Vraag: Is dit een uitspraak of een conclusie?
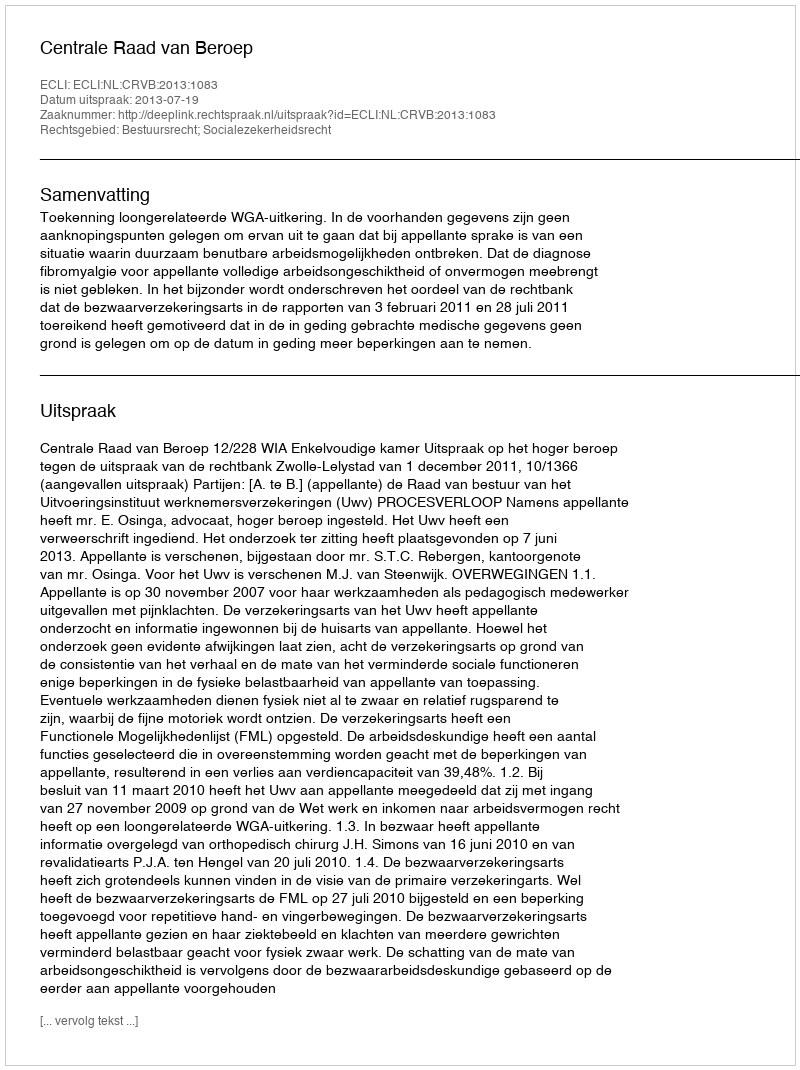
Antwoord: Uitspraak